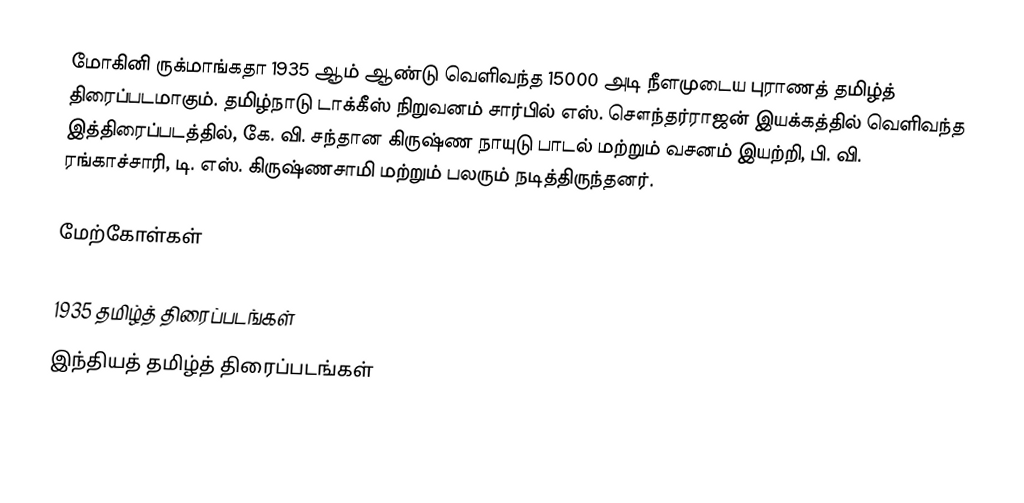
மோகினி ருக்மாங்கதா 1935 ஆம் ஆண்டு வெளிவந்த 15000 அடி நீளமுடைய புராணத் தமிழ்த் திரைப்படமாகும். தமிழ்நாடு டாக்கீஸ் நிறுவனம் சார்பில் எஸ். சௌந்தர்ராஜன் இயக்கத்தில் வெளிவந்த இத்திரைப்படத்தில், கே. வி. சந்தான கிருஷ்ண நாயுடு பாடல் மற்றும் வசனம் இயற்றி, பி. வி. ரங்காச்சாரி, டி. எஸ். கிருஷ்ணசாமி மற்றும் பலரும் நடித்திருந்தனர்.

மேற்கோள்கள்

1935 தமிழ்த் திரைப்படங்கள்
இந்தியத் தமிழ்த் திரைப்படங்கள்